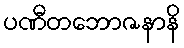
ပဏီတဘောဇနာနိ